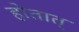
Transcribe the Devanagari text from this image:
होतात्